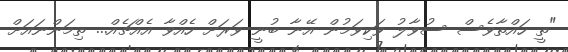
"ތީ ހައްތާވެސް ސުވާލު ވަކިވަމުން އޭނާ ބުނީ ވަރަށް ހެއްވާ އެއްޗެއް... ތިމަންނައަށް